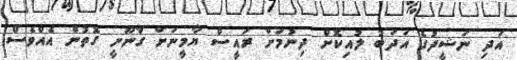
އަދި ނަޝީދުގެ އަދަބު ލުއިކޮށް ދިނުމަށް ރައީސް ޔާމީނަށް ގާނޫނީ ގޮތުން އެއްވެސް